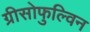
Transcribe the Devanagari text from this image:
ग्रीसोफुल्विन